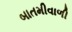
બાતમીવાળી